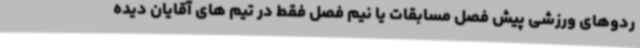
ردوهای ورزشی پیش فصل مسابقات یا نیم فصل فقط در تیم های آقایان دیده